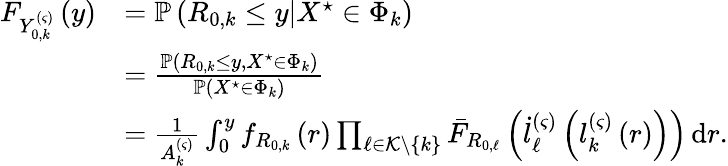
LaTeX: \begin{array}{rl}{F_{Y_{0,k}^{\left(\varsigma\right)}}\left(y\right)}&{=\mathbb{P}\left(R_{0,k}\le y\middle|X^{\star}\in\Phi_{k}\right)}\\ &{=\frac{\mathbb{P}\left(R_{0,k}\le y,X^{\star}\in\Phi_{k}\right)}{\mathbb{P}\left(X^{\star}\in\Phi_{k}\right)}}\\ &{=\frac{1}{A_{k}^{\left(\varsigma\right)}}\int_{0}^{y}{f_{R_{0,k}}\left(r\right)\prod_{\ell\in\mathcal{K}\backslash\left\{ k\right\} }{\bar{F}_{R_{0,\ell}}\left(\dot{l}_{\ell}^{\left(\varsigma\right)}\left(l_{k}^{\left(\varsigma\right)}\left(r\right)\right)\right)}\, \mathrm{d}r}.}\end{array}